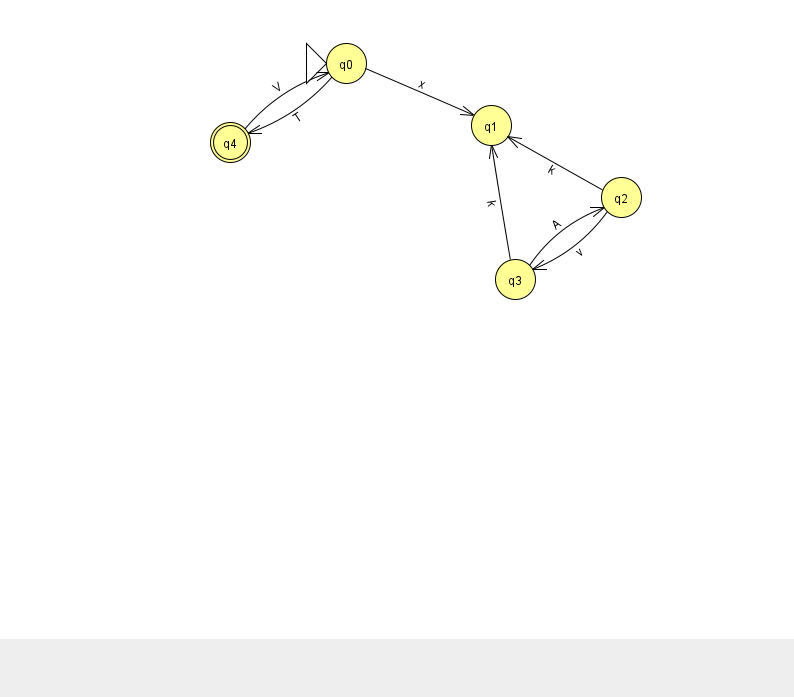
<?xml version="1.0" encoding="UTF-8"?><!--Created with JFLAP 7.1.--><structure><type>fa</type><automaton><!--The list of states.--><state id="0" name="q0"><x>346.0</x><y>50.0</y><initial/></state><state id="1" name="q1"><x>491.0</x><y>112.0</y></state><state id="2" name="q2"><x>621.0</x><y>184.0</y></state><state id="3" name="q3"><x>515.0</x><y>266.0</y></state><state id="4" name="q4"><x>230.0</x><y>129.0</y><final/></state><!--The list of transitions.--><transition><from>0</from><to>4</to><read>T</read></transition><transition><from>3</from><to>2</to><read>A</read></transition><transition><from>4</from><to>0</to><read>V</read></transition><transition><from>2</from><to>3</to><read>v</read></transition><transition><from>0</from><to>1</to><read>x</read></transition><transition><from>2</from><to>1</to><read>k</read></transition><transition><from>3</from><to>1</to><read>k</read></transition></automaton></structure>